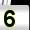
Digit: 5